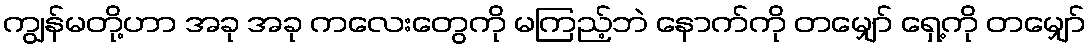
ကျွန်မတို့ဟာ အခု အခု ကလေးတွေကို မကြည့်ဘဲ နောက်ကို တမျှော် ရှေ့ကို တမျှော်